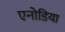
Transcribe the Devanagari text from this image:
एनोडिया